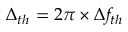
\Delta _ { t h } = 2 \pi \times \Delta f _ { t h }